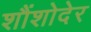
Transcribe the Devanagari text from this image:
शौंशोदेर